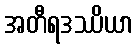
အတီရဒဿိယာ